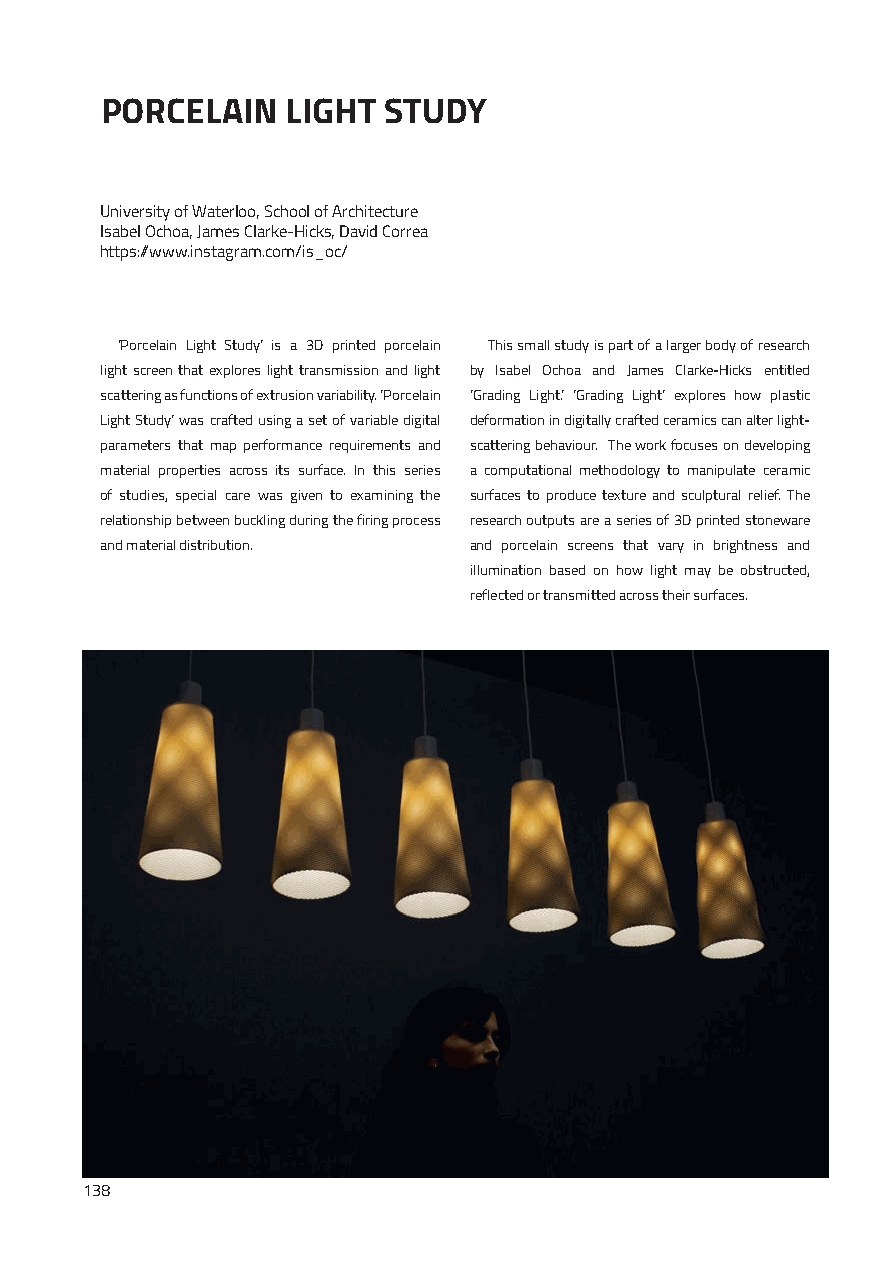
PORCELAIN   LIGHT STUDY
 University of Waterloo, School of Architecture
 Isabel Ochoa, James Clarke-Hicks, David Correa
 https://www.instagram.com/is_oc/
 ‘Porcelain Light Study’ is a 3D printed porcelain This small study is part of a larger body of research
 light screen that explores light transmission and light by Isabel Ochoa and James Clarke-Hicks entitled
 scattering as functions of extrusion variability. ‘Porcelain ‘Grading Light.’ ‘Grading Light’ explores how plastic
 Light Study’ was crafted using a set of variable digital deformation in digitally crafted ceramics can alter light-
 parameters that map performance requirements and scattering behaviour. The work focuses on developing
 material properties across its surface. In this series a computational methodology to manipulate ceramic
 of studies, special care was given to examining the surfaces to produce texture and sculptural relief. The
 relationship between buckling during the firing process research outputs are a series of 3D printed stoneware
 and material distribution. and porcelain screens that vary in brightness and
 illumination based on how light may be obstructed,
 reflected or transmitted across their surfaces.
 138